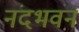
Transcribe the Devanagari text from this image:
नंदभवन